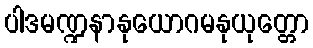
ပါဒမဏ္ဍနာနုယောဂမနုယုတ္တော